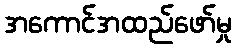
အကောင်အထည်ဖော်မှု